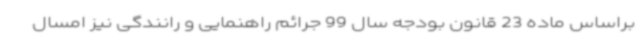
براساس ماده 23 قانون بودجه سال 99 جرائم راهنمایی و رانندگی نیز امسال